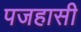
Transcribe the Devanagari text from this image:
पजहासी